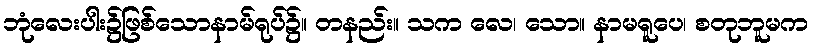
ဘုံလေးပါး၌ဖြစ်သောနာမ်ရုပ်၌။ တနည်း။ သက လေ၊ သော။ နာမရူပေ၊ စတုဘူမက